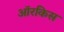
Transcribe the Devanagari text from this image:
ऑरकिस